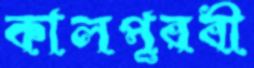
কালপূরবী